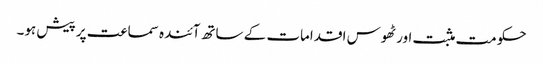
حکومت مثبت اور ٹھوس اقدامات کے ساتھ آئندہ سماعت پر پیش ہو۔